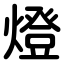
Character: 燈